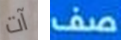
آت صف